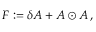
{ \cal F } : = \delta { \cal A } + { \cal A } \odot { \cal A } \, ,